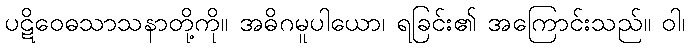
ပဋိဝေဓသာသနာတို့ကို။ အဓိဂမူပါယော၊ ရခြင်း၏ အကြောင်းသည်။ ဝါ၊